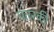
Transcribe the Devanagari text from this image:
पतरकी